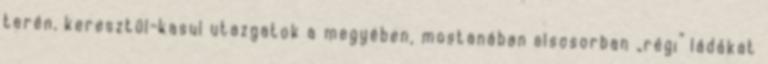
terén, keresztül-kasul utazgatok a megyében, mostanában elsosorban „régi” ládákat